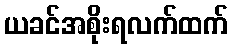
ယခင်အစိုးရလက်ထက်